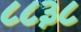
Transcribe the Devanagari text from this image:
८८३८